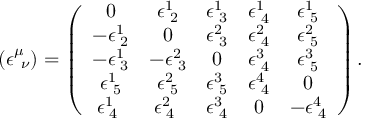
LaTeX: ( { \epsilon } _ { \ \nu } ^ { \mu } ) = \left( \begin{array} { c c c c c } { { 0 } } & { { \epsilon _ { \, \, 2 } ^ { 1 } } } & { { \epsilon _ { \, \, 3 } ^ { 1 } } } & { { \epsilon _ { \, \, 4 } ^ { 1 } } } & { { \epsilon _ { \, \, 5 } ^ { 1 } } } \\ { { - \epsilon _ { \, \, 2 } ^ { 1 } } } & { { 0 } } & { { \epsilon _ { \, \, 3 } ^ { 2 } } } & { { \epsilon _ { \, \, 4 } ^ { 2 } } } & { { \epsilon _ { \, \, 5 } ^ { 2 } } } \\ { { - \epsilon _ { \, \, 3 } ^ { 1 } } } & { { - \epsilon _ { \, \, 3 } ^ { 2 } } } & { { 0 } } & { { \epsilon _ { \, \, 4 } ^ { 3 } } } & { { \epsilon _ { \, \, 5 } ^ { 3 } } } \\ { { \epsilon _ { \, \, 5 } ^ { 1 } } } & { { \epsilon _ { \, \, 5 } ^ { 2 } } } & { { \epsilon _ { \, \, 5 } ^ { 3 } } } & { { \epsilon _ { \, \, 4 } ^ { 4 } } } & { { 0 } } \\ { { \epsilon _ { \, \, 4 } ^ { 1 } \ } } & { { \epsilon _ { \, \, 4 } ^ { 2 } \ } } & { { \epsilon _ { \, \, 4 } ^ { 3 } } } & { { 0 } } & { { - \epsilon _ { \, \, 4 } ^ { 4 } } } \end{array} \right) .